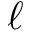
\ell